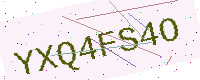
Text: YXQ4FS4O